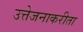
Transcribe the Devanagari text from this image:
उत्तेजनाकरीता